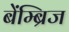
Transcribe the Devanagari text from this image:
बेंम्ब्रिज